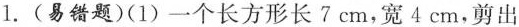
1.(易错题)(1)一个长方形长7cm，宽4cm，剪出